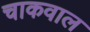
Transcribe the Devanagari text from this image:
चाकवाल